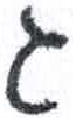
אות: ג